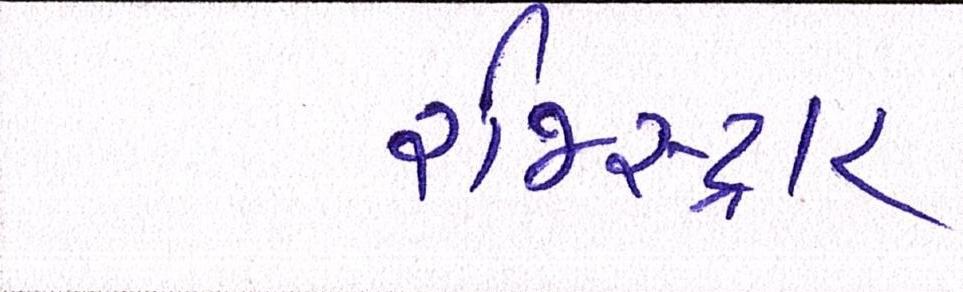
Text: રજિસ્ટ્રાર